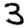
Digit: 3